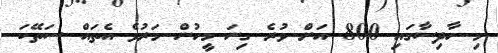
މި ހާދިސާގައި 800 އަށް ވުރެ ގިނަ މީހުން މަރުވެ އެތައް ސަތޭކަ